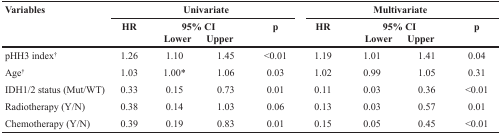
<table><thead><tr><td rowspan="3"><b>Variables</b></td><td colspan="4"><b>Univariate</b></td><td colspan="4"><b>Multivariate</b></td></tr><tr><td rowspan="2"><b>HR</b></td><td colspan="2"><b>95% CI</b></td><td rowspan="2"><b>p</b></td><td rowspan="2"><b>HR</b></td><td colspan="2"><b>95% CI</b></td><td rowspan="2"><b>p</b></td></tr><tr><td><b>Lower</b></td><td><b>Upper</b></td><td><b>Lower</b></td><td><b>Upper</b></td></tr></thead><tbody><tr><td>pHH3 index†</td><td>1.26</td><td>1.10</td><td>1.45</td><td>&lt;0.01</td><td>1.19</td><td>1.01</td><td>1.41</td><td>0.04</td></tr><tr><td>Age†</td><td>1.03</td><td>1.00*</td><td>1.06</td><td>0.03</td><td>1.02</td><td>0.99</td><td>1.05</td><td>0.31</td></tr><tr><td>IDH1/2 status(Mut/WT)</td><td>0.33</td><td>0.15</td><td>0.73</td><td>0.01</td><td>0.11</td><td>0.03</td><td>0.36</td><td>&lt;0.01</td></tr><tr><td>Radiotherapy(Y/N)</td><td>0.38</td><td>0.14</td><td>1.03</td><td>0.06</td><td>0.13</td><td>0.03</td><td>0.57</td><td>0.01</td></tr><tr><td>Chemotherapy(Y/N)</td><td>0.39</td><td>0.19</td><td>0.83</td><td>0.01</td><td>0.15</td><td>0.05</td><td>0.45</td><td>&lt;0.01</td></tr></tbody></table>